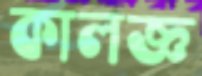
কালজ্ঞ